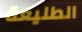
الطليعة